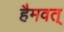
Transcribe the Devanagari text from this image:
हैमवत्